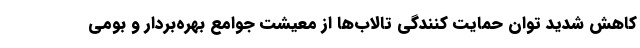
کاهش شدید توان حمایت کنندگی تالاب‌ها از معیشت جوامع بهره‌بردار و بومی